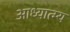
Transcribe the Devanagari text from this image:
आध्यात्म्य